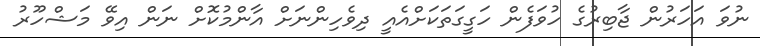
ނުވަ އަހަރުން ޖާބިރުގެ ހުވަފެން ހަގީގަތަކަށްއެއީ ދިވެހިންނަށް އާންމުކޮށް ނަން އިވޭ މަޝްހޫރު